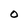
Character: o